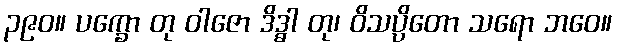
၃၉၀။ ပက္ခော တု ဝါဇော ဒိဒ္ဓါ တု၊ ဝိသပ္ပိတော သရော ဘဝေ။